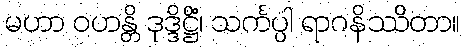
မဟာ ဝဟန္တိ ဒုဒ္ဒိဋ္ဌိံ၊ သင်္ကပ္ပါ ရာဂနိဿိတာ။